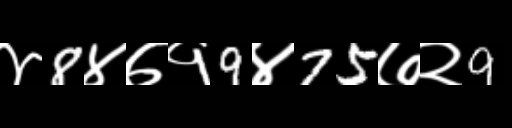
Text: ४8४७१9४75७२9